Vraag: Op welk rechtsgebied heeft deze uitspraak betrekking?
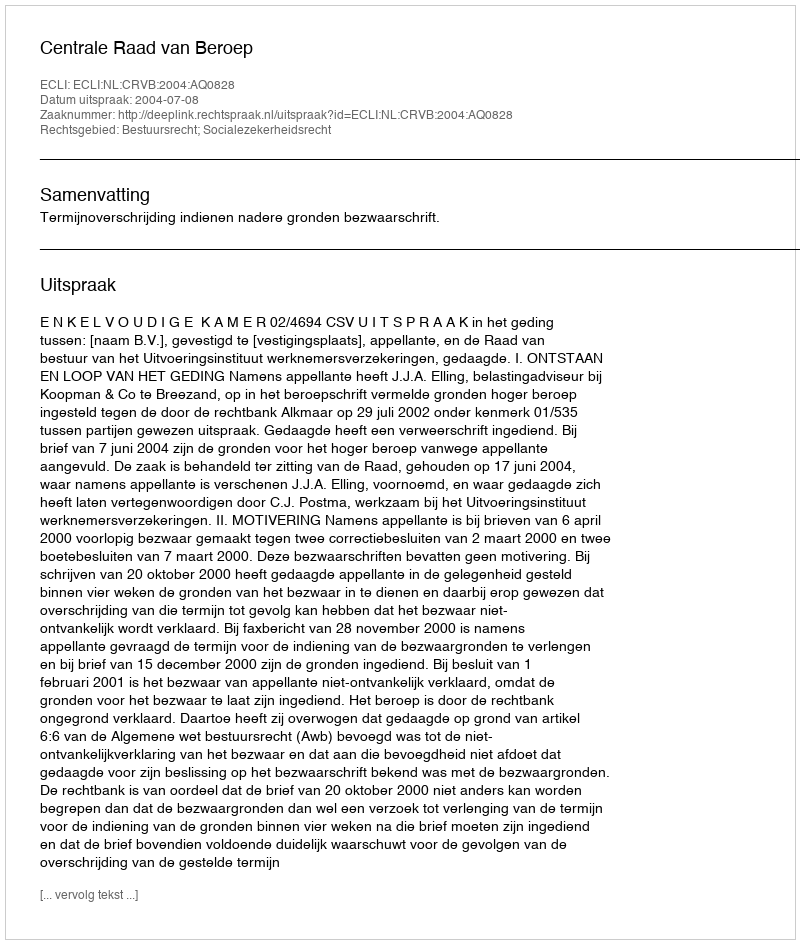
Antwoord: Bestuursrecht; Socialezekerheidsrecht